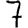
Digit: 7